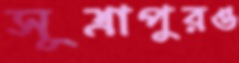
সূত্রাপুরও